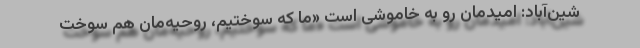
شین‌آباد: امیدمان رو به خاموشی است «ما که سوختیم، روحیه‌مان هم سوخت